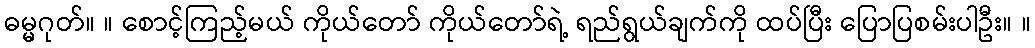
ဓမ္မဂုတ်။ ။ စောင့်ကြည့်မယ် ကိုယ်တော် ကိုယ်တော်ရဲ့ ရည်ရွယ်ချက်ကို ထပ်ပြီး ပြောပြစမ်းပါဦး။ ။